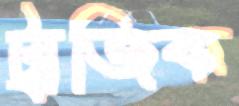
ট্রাজিক